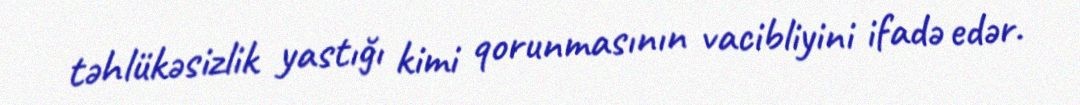
təhlükəsizlik yastığı kimi qorunmasının vacibliyini ifadə edər.